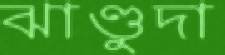
ঝাণ্ডুদা